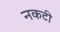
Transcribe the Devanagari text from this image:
नकटी